Senior Leaving Certificate Examination (including Day School Certificate (Higher) General paper), 1949
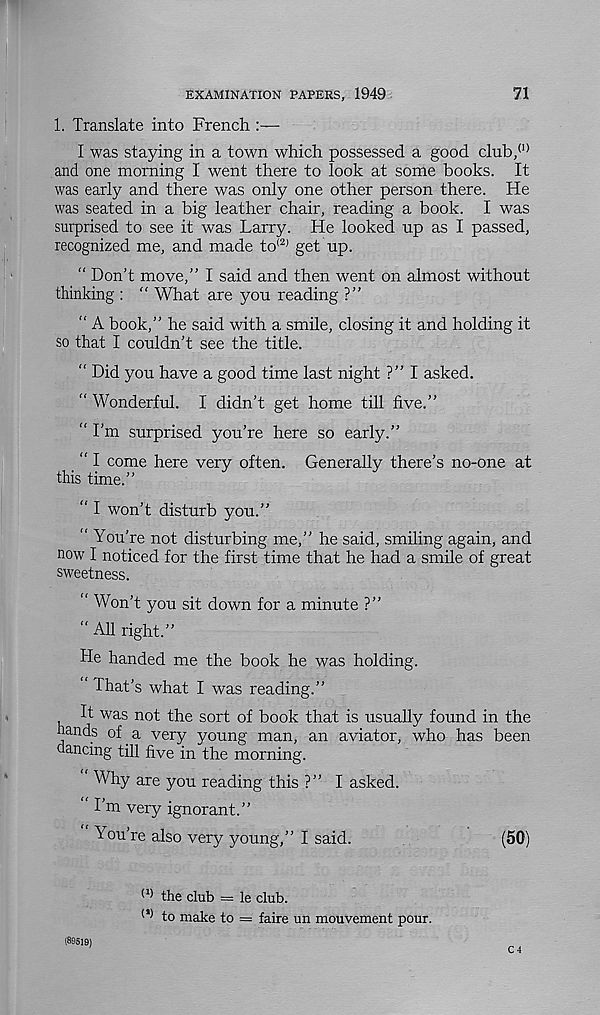
EXAMINATION PAPERS, 1949
71
1. Translate into French
I was staying in a town which possessed a good club, (1)
and one morning I went there to look at some books. It
was early and there was only one other person there. He
was seated in a big leather chair, reading a book. I was
surprised to see it was Larry. He looked up as I passed,
recognized me, and made to <2) get up.
“ Don’t move,” I said and then went on almost without
thinking : " What are you reading ?”
“ A book,” he said with a smile, closing it and holding it
so that I couldn’t see the title.
“ Did you have a good time last night ?” I asked.
“ Wonderful. I didn’t get home till five.”
“ I’m surprised you’re here so early.”
“ I come here very often. Generally there’s no-one at
this time.”
“ I won’t disturb you.”
" You’re not disturbing me,” he said, smiling again, and
now I noticed for the first time that he had a smile of great
sweetness.
" Won’t you sit down for a minute ?”
“ All right.”
He handed me the book he was holding.
That’s what I was reading.”
It was not the sort of book that is usually found in the
hands of.a very young man, an aviator, who has been
dancing till five in the morning.
Why are you reading this ?” I asked.
‘ I’m very ignorant.”
You’re also very young,” I said.
(50)
^ the club = le club.
(>) to make to = faire un mouvement pour.
(89519)
C 4